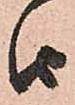
由